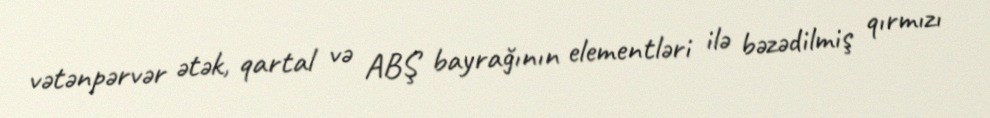
vətənpərvər ətək, qartal və ABŞ bayrağının elementləri ilə bəzədilmiş qırmızı